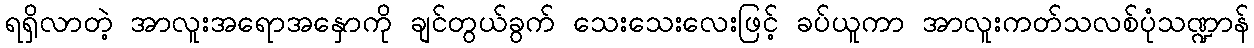
ရရှိလာတဲ့ အာလူးအရောအနှောကို ချင်တွယ်ခွက် သေးသေးလေးဖြင့် ခပ်ယူကာ အာလူးကတ်သလစ်ပုံသဏ္ဍာန်